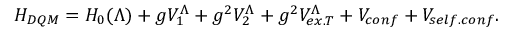
H _ { D Q M } = H _ { 0 } ( \Lambda ) + g V _ { 1 } ^ { \Lambda } + g ^ { 2 } V _ { 2 } ^ { \Lambda } + g ^ { 2 } V _ { e x . T } ^ { \Lambda } + V _ { c o n f } + V _ { s e l f . c o n f } .